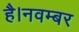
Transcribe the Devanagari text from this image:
है।नवम्बर